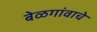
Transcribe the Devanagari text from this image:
बेळगांवाचे